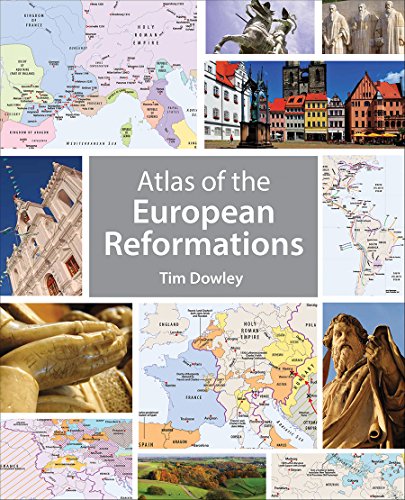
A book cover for Atlas of the European Reformations; Tim Dowley; Christian Books & Bibles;